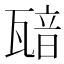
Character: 𤭵